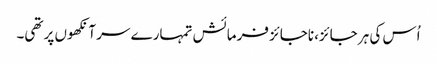
اُس کی ہر جائز، ناجائز فرمائش تمہارے سر آنکھوں پر تھی۔